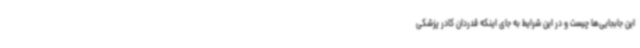
این جابجایی‌ها چیست و در این شرایط به جای اینکه قدردان کادر پزشکی